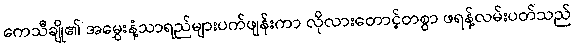
ကေသီချို၏ အမွှေးနံ့သာရည်များပက်ဖျန်းကာ လိုလားတောင့်တစွာ ဖရန့်လမ်းပတ်သည်